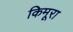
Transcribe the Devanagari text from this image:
किमूरा